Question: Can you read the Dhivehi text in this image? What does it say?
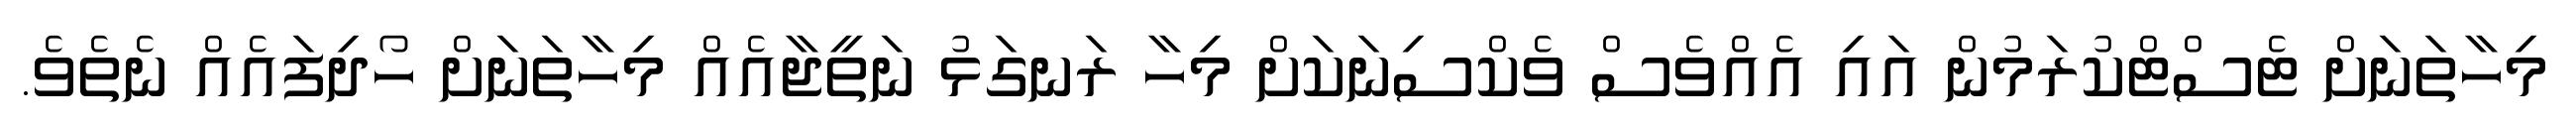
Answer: މިހާތަނަށް ޓެސްޓްކުރަމުން އައި އެއްވެސް ވެކްސިނަކަށް މިހާ ރަނގަޅު ނަތީޖާއެއް މިހާތަނަށް ހޯދިފައެއް ނެތެވެ.